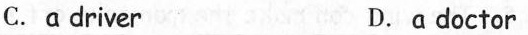
C.a driver D.a doctor